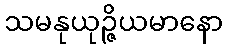
သမနုယုဉ္ဇိယမာနော